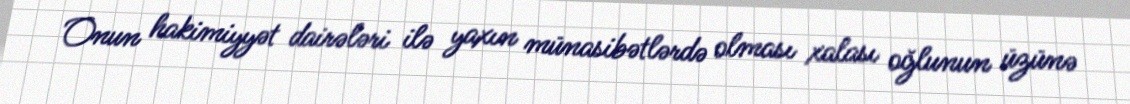
Onun hakimiyyət dairələri ilə yaxın münasibətlərdə olması xalası oğlunun üzünə